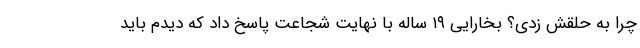
چرا به حلقش زدی؟ بخارایی ۱۹ ساله با نهایت شجاعت پاسخ داد که دیدم باید